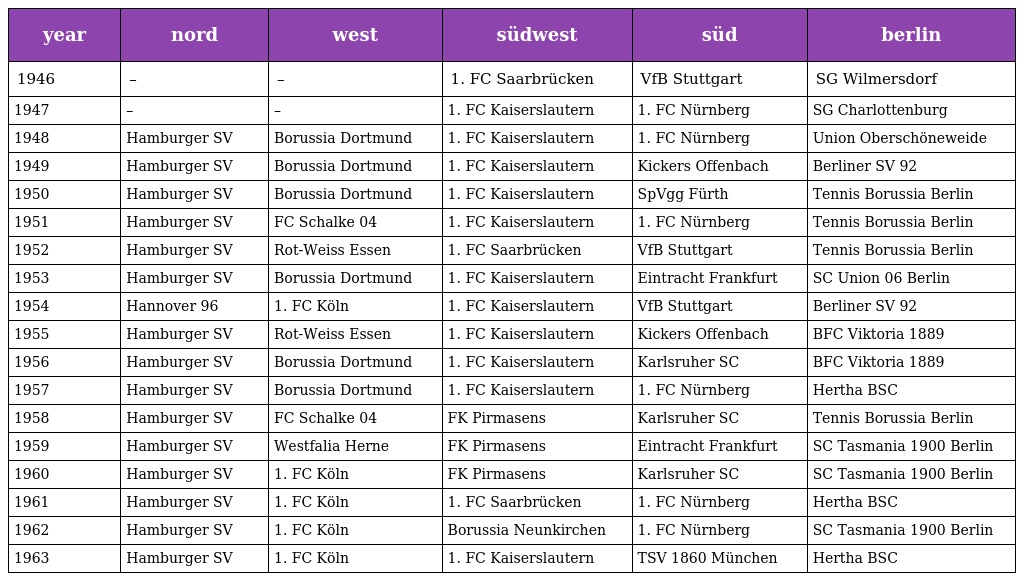
| year | nord | west | südwest | süd | berlin |
 | --- | --- | --- | --- | --- | --- |
 | 1946 | – | – | 1. FC Saarbrücken | VfB Stuttgart | SG Wilmersdorf |
 | 1947 | – | – | 1. FC Kaiserslautern | 1. FC Nürnberg | SG Charlottenburg |
 | 1948 | Hamburger SV | Borussia Dortmund | 1. FC Kaiserslautern | 1. FC Nürnberg | Union Oberschöneweide |
 | 1949 | Hamburger SV | Borussia Dortmund | 1. FC Kaiserslautern | Kickers Offenbach | Berliner SV 92 |
 | 1950 | Hamburger SV | Borussia Dortmund | 1. FC Kaiserslautern | SpVgg Fürth | Tennis Borussia Berlin |
 | 1951 | Hamburger SV | FC Schalke 04 | 1. FC Kaiserslautern | 1. FC Nürnberg | Tennis Borussia Berlin |
 | 1952 | Hamburger SV | Rot-Weiss Essen | 1. FC Saarbrücken | VfB Stuttgart | Tennis Borussia Berlin |
 | 1953 | Hamburger SV | Borussia Dortmund | 1. FC Kaiserslautern | Eintracht Frankfurt | SC Union 06 Berlin |
 | 1954 | Hannover 96 | 1. FC Köln | 1. FC Kaiserslautern | VfB Stuttgart | Berliner SV 92 |
 | 1955 | Hamburger SV | Rot-Weiss Essen | 1. FC Kaiserslautern | Kickers Offenbach | BFC Viktoria 1889 |
 | 1956 | Hamburger SV | Borussia Dortmund | 1. FC Kaiserslautern | Karlsruher SC | BFC Viktoria 1889 |
 | 1957 | Hamburger SV | Borussia Dortmund | 1. FC Kaiserslautern | 1. FC Nürnberg | Hertha BSC |
 | 1958 | Hamburger SV | FC Schalke 04 | FK Pirmasens | Karlsruher SC | Tennis Borussia Berlin |
 | 1959 | Hamburger SV | Westfalia Herne | FK Pirmasens | Eintracht Frankfurt | SC Tasmania 1900 Berlin |
 | 1960 | Hamburger SV | 1. FC Köln | FK Pirmasens | Karlsruher SC | SC Tasmania 1900 Berlin |
 | 1961 | Hamburger SV | 1. FC Köln | 1. FC Saarbrücken | 1. FC Nürnberg | Hertha BSC |
 | 1962 | Hamburger SV | 1. FC Köln | Borussia Neunkirchen | 1. FC Nürnberg | SC Tasmania 1900 Berlin |
 | 1963 | Hamburger SV | 1. FC Köln | 1. FC Kaiserslautern | TSV 1860 München | Hertha BSC |